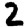
Digit: 2